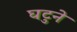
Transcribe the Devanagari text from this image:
घटुने